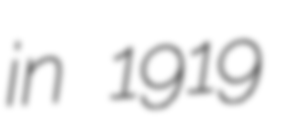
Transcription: in 1919